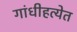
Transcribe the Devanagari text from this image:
गांधीहत्येत